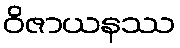
ဝိဇာယနဿ